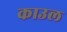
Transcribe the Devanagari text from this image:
काउल